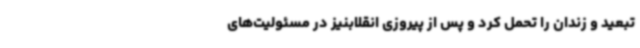
تبعید و زندان را تحمل کرد و پس از پیروزی انقلابنیز در مسئولیت‌های